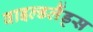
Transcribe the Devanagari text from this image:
वाइल्डलैंड्स